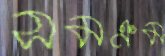
সমক্রম